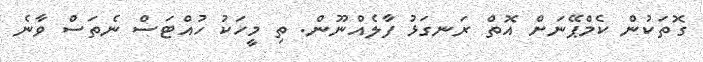
ގޮތަކުން ކެމްޕޭނަށް އޮތް ރަނގަޅު ފާލެއްނޫން. ތި މީހަކު ހުއްޓަސް ނެތަސް ވާނެ